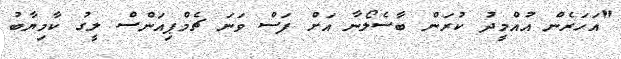
"އަހަރެން އުއްމީދު ކުރަންް ބާސެލޯނާ އަށް ފަސް ވަނަ ޗެމްޕިއަންސް ލީގު ކާމިޔާބު